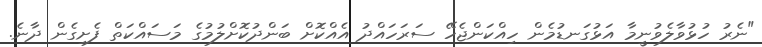
"ނެރު ހުޅުވާލެވުނީމާ އަޅުގަނޑުމެން ހިއްކަންޖެހޭ ސަރަހައްދު އެއްކޮށް ބަންދުކޮށްލުމުގެ މަސައްކަތް ފެށިގެން ދާނެ.